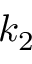
k _ { 2 }